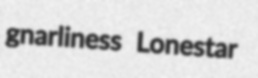
gnarliness Lonestar